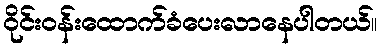
ဝိုင်းဝန်းထောက်ခံပေးလာနေပါတယ်။